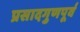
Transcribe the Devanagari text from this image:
प्रसादगुणपूर्व